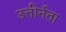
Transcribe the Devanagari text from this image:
उत्तीर्नता